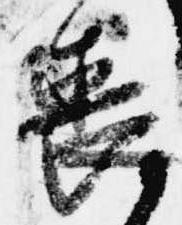
喪